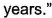
years."